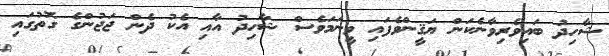
ޝާހިދު ބައިވެރިވާނެކަން ޔަޤީންވެފައި ވީނަމަވެސް ޝާހިދު އާއި އެކު ދެން ޖަޖުންގެ ގޮތުގައި